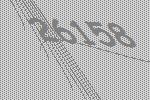
26158